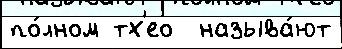
по́лном тх'ео  называ́ют